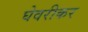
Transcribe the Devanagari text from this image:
घेवरीकर